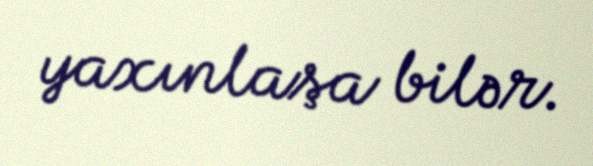
yaxınlaşa bilər.